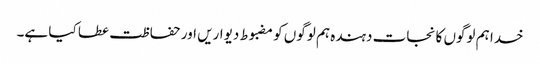
خدا ہم لوگوں کا نجات دہندہ ہم لوگوں کو مضبوط دیواریں اور حفاظت عطا کیا ہے۔